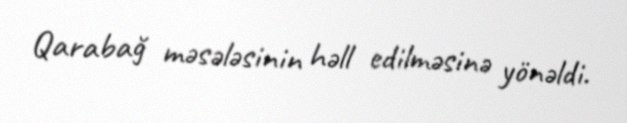
Qarabağ məsələsinin həll edilməsinə yönəldi.